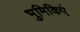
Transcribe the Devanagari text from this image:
भुमिकिएं